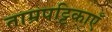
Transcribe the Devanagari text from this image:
ताम्रपट्टिकाएँ